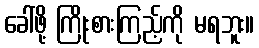
ခေါ်ဖို့ ကြိုးစားကြည့်ကို မရဘူး။